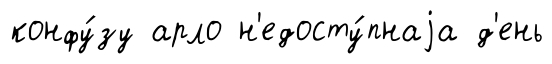
конфу́зу арло н'едосту́пнаjа д'ень